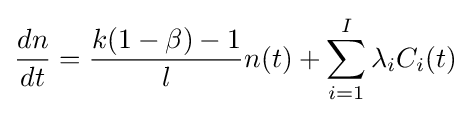
{\frac {dn}{dt}}={\frac {k(1-\beta )-1}{l}}n(t)+\sum _{i=1}^{I}\lambda _{i}C_{i}(t)